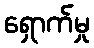
ရှောက်မှု